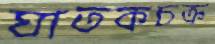
ঘাতকচক্র